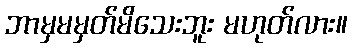
ဘာမှမမှတ်မိသေးဘူး မဟုတ်လား။